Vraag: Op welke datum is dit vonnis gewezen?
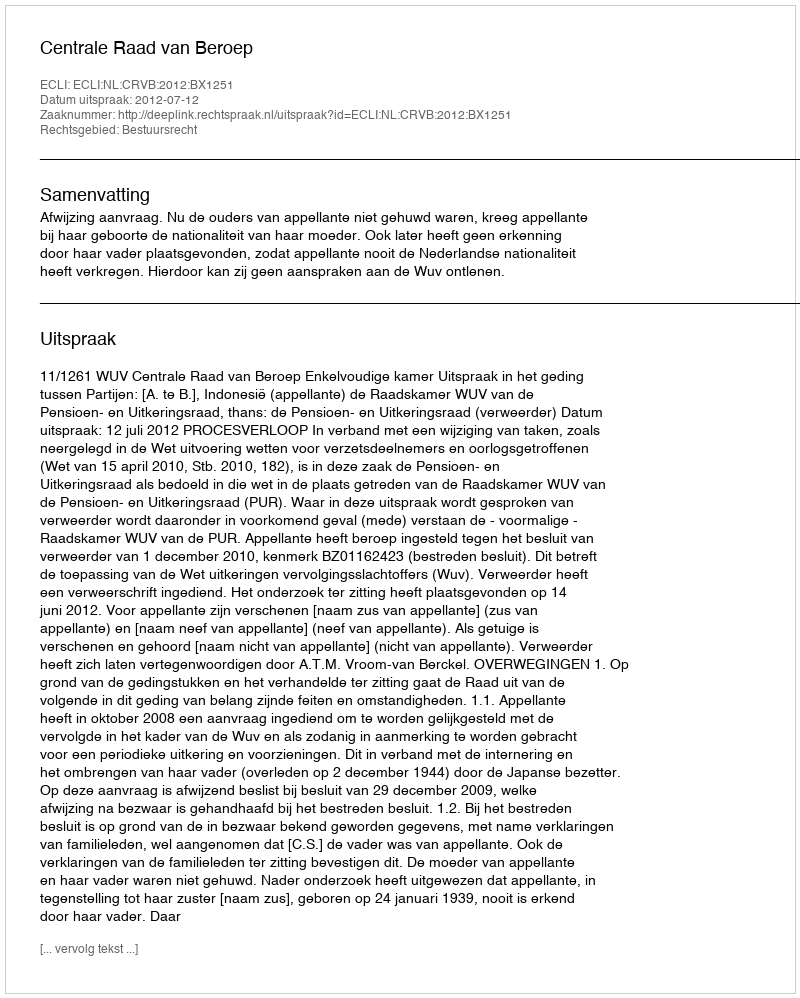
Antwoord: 2012-07-12